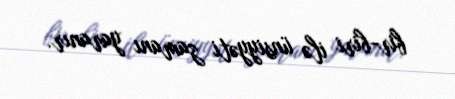
bir-biri ilə ünsiyyəti zamanı yaranır.